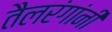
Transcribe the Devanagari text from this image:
तैलरंगांनी